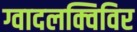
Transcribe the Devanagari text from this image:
ग्वादलक्विविर